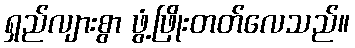
ရှည်လျားစွာ ဖွံ့ဖြိုးတတ်လေသည်။